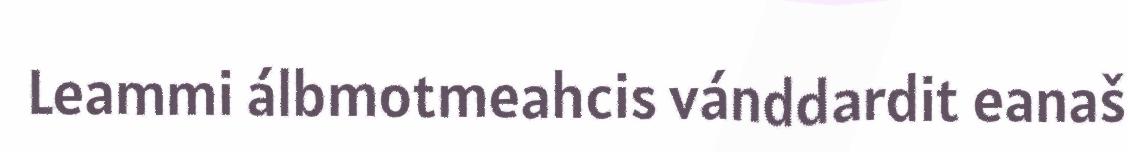
Leammi álbmotmeahcis vánddardit eanaš